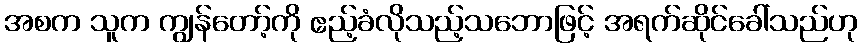
အစက သူက ကျွန်တော့်ကို ဧည့်ခံလိုသည့်သဘောဖြင့် အရက်ဆိုင်ခေါ်သည်ဟု